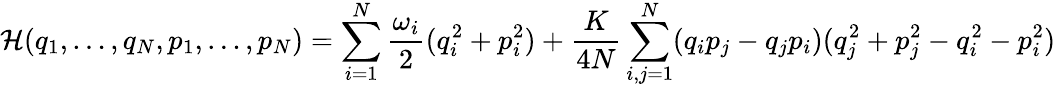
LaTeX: {\mathcal{H}}(q_{1},\ldots,q_{N},p_{1},\ldots,p_{N})=\sum_{i=1}^{N}{\frac{\omega_{i}}{2}}(q_{i}^{2}+p_{i}^{2})+{\frac{K}{4N}}\sum_{i,j=1}^{N}(q_{i}p_{j}-q_{j}p_{i})(q_{j}^{2}+p_{j}^{2}-q_{i}^{2}-p_{i}^{2})